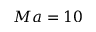
M a = 1 0